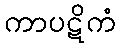
ကာပဋိကံ